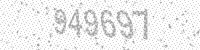
Solution: 949697